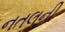
નતલની